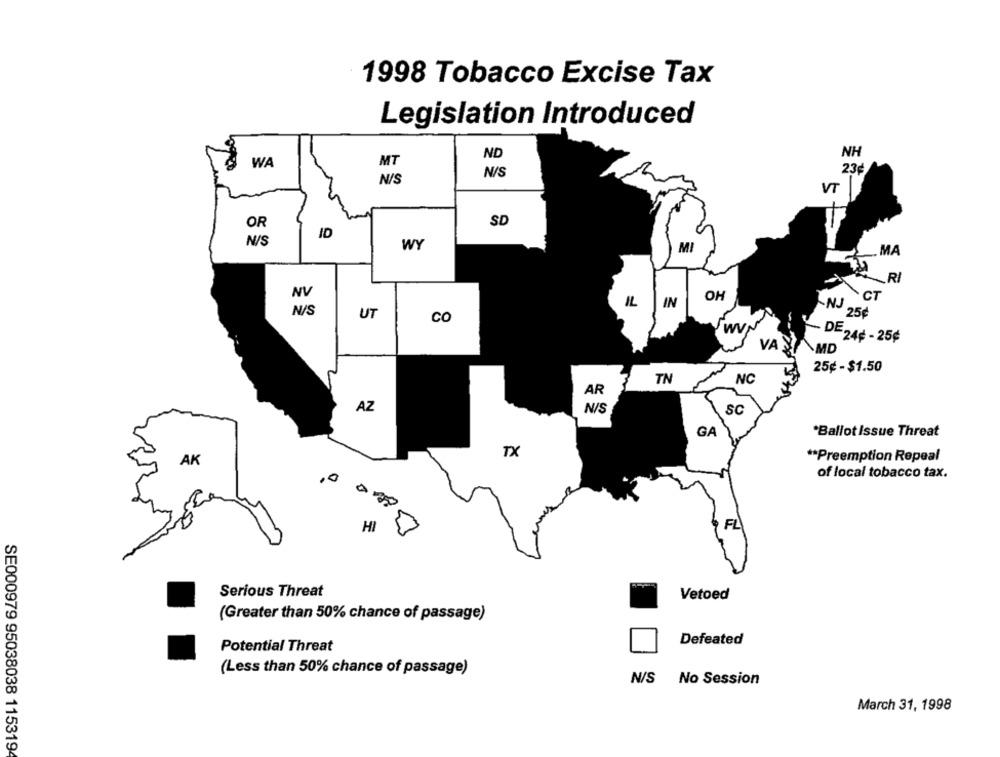
1998 Tobacco Excise Tax
Legislation Introduced
ND
NH
WA
MT
N/S
23¢
N/S
VT
5+
OR
SD
ID
N/S
WY
MI
MA
RI
OH
NV
IL
IN
CT
N/S
UT
CO
-NJ 25€
WV
DE 24¢ - 25¢
VAN
MD
25¢ - $1.50
TN
NC
AR
N/S
AZ
SC
GA
*Ballot Issue Threat
TX
AK
** Preemption Repeal
0
of local tobacco tax.
HI
FL
Serious Threat
Vetoed
(Greater than 50% chance of passage)
Defeated
Potential Threat
(Less than 50% chance of passage)
N/S No Session
March 31, 1998
SE000979 95038038 1153194